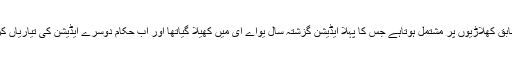
یہ ایونٹ سابق کھلاڑیوں پر مشتمل ہوتاہے جس کا پہلا ایڈیشن گزشتہ سال یواے ای میں کھیلا گیاتھا اور اب حکام دوسرے ایڈیشن کی تیاریاں کررہے ہیں۔